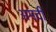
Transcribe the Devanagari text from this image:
अमदी